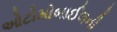
ઓટોમોબાઈલની